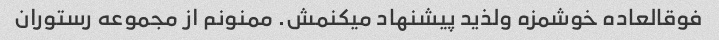
فوقالعاده خوشمزه ولذید پیشنهاد میکنمش. ممنونم از مجموعه رستوران